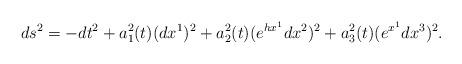
LaTeX: \begin{align*}ds^2=-dt^2+a_1^2(t)(dx^1)^2+a_2^2(t)(e^{hx^1}dx^2)^2+a_3^2(t)(e^{x^1}dx^3)^2. \end{align*}